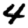
Digit: 4